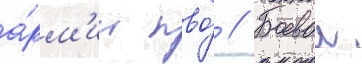
а́рм'ии пво́ // Боевои